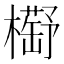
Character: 𣝰